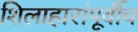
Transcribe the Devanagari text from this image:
शिलाहारांपूर्वीच